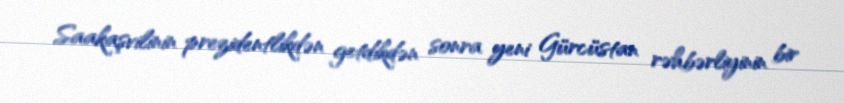
Saakaşvilinin prezidentlikdən getdikdən sonra yeni Gürcüstan rəhbərliyinin bir